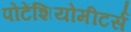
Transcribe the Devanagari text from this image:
पोटेंशियोमीटर्स